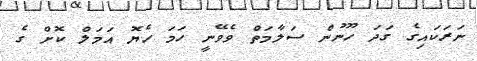
ނަރަކައިގެ ގަދަ ހޫނުން ސަލާމަތް ވެވޭނީ ހަމަ ހެޔޮ އަމަލް ކޮށް ގެ